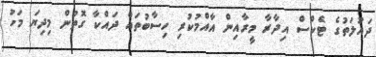
ދައުލަތުގެ ޓެކްސް އިދާރާ މީރާއިން އާއްމުކުރި ހިސާބުތައް ދައްކާ ގޮތުން މިދިޔަ މަހު